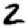
Digit: 2